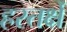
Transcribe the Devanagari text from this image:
हस्तर्क्षे